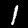
Digit: 1